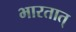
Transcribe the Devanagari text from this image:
भारतात्